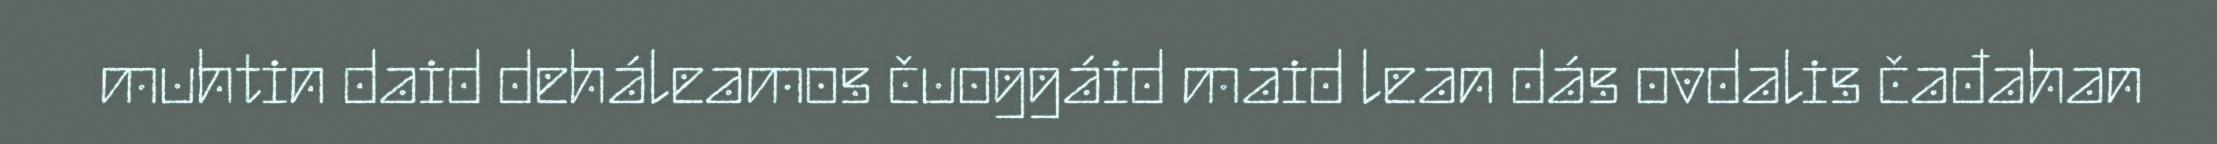
muhtin daid deháleamos čuoggáid maid lean dás ovdalis čađahan